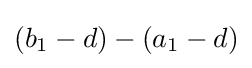
(b_{1}-d)-(a_{1}-d)